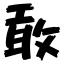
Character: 敢